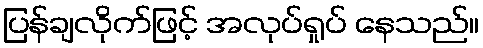
ပြန်ချလိုက်ဖြင့် အလုပ်ရှုပ် နေသည်။